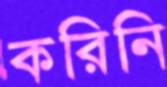
করিনি